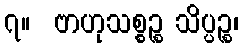
၇။  ဗာဟုသစ္စဉ္စ သိပ္ပဉ္စ၊